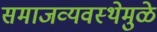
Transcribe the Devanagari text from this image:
समाजव्यवस्थेमुळे